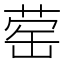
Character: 䓨